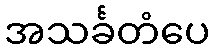
အသင်္ခတံပေ